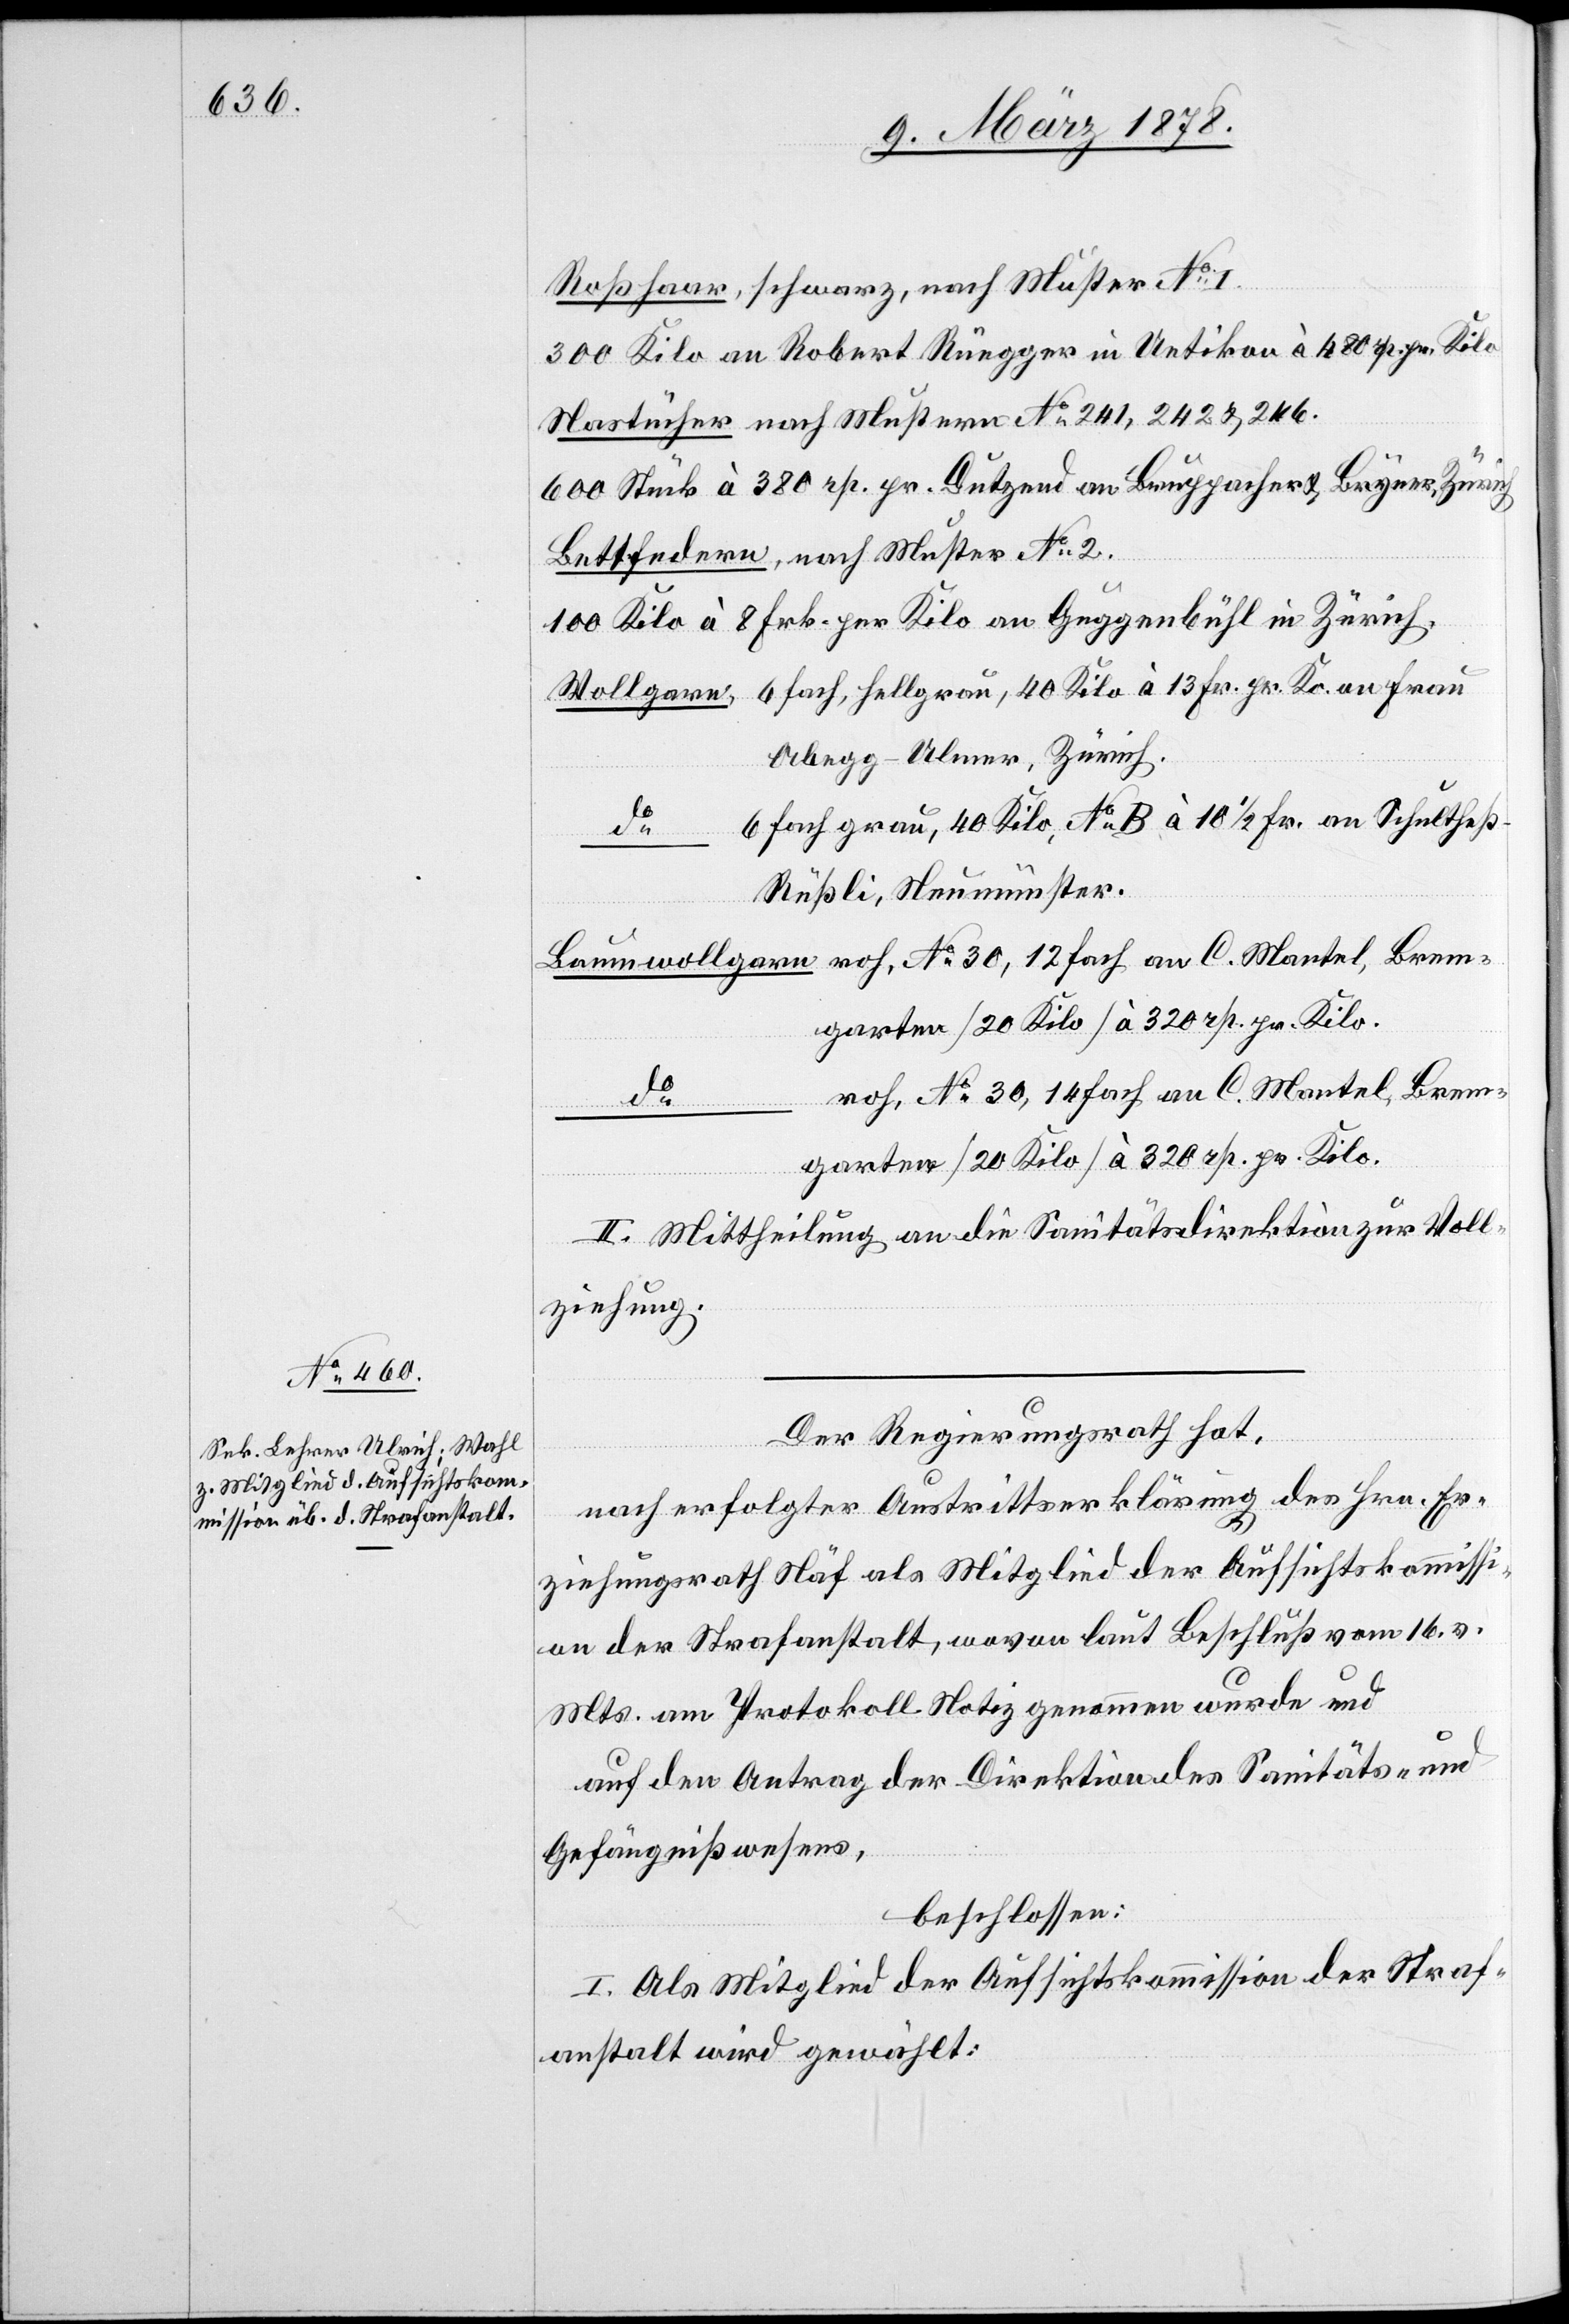
Rosshaar, schwarz, nach Muster No 1.
300 Kilo an Robert Rüegger in Uetikon à 480 rp. pr. Kilo
Nastücher nach Mustern No 241, 242 & 246.
600 Stück à 380 rp. pr. Dutzend an Bruppacher & Bryner, Zürich
Bettfedern, nach Muster No 2.
100 Kilo à 8 Frk. per Kilo an Guggenbühl in Zürich.
Wollgarn, 6 fach, hellgrau, 40 Kilo à 13 Fr. pr. Ko. an Frau
Abegg-Ulmer, Zürich.
6 fach, grau, 40 Kilo, No B, à 10 1/2 Fr. an Schultheß-R¬
do ,
üßli, Neumünster.
Baumwollgarn roh, No 30, 12 fach an C. Martel, Brem¬
roh, No 30, 14 fach an C. Martel, Brem¬
do
garten (20 Kilo) à 320 rp. pr. Kilo.
II. Mittheilung an die Sanitätsdirektion zur Voll¬
ziehung.
Der Regierungsrath hat,
nach erfolgter Austrittserklärung des Hrn. Er¬
ziehungsrath Näf als Mitglied der Aufsichtskommission
an der Strafanstalt, wovon laut Beschluß vom 16. v.
Mts. am Protokoll Notiz genommen wurde und
auf den Antrag der Direktion des Sanitäts- &
Gefängnißwesens,
beschlossen:
I. Als Mitglied der Aufsichtskommission der Straf¬
anstalt wird gewählt: